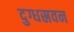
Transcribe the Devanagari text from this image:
दुग्धस्रवन